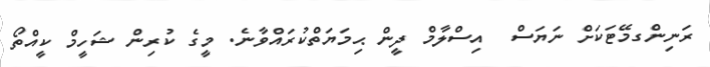
ރަނިންގމޭޓަކަށް ނަޔަސް  އިސްލާމް ދީން ޙިމަޔަތްކުރައްވާނެ. މީގެ ކުރިން ޝަހީމް ކީއްތޯ